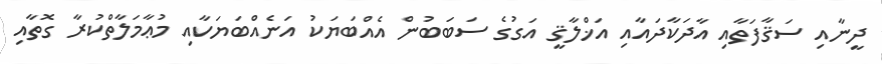
ދީނާއި ސަޤާފަތާއި އާދަކާދައާއި އަޚްލާޤީ އަގުގެ ސަބަބުން އެއްބަޔަކު އަނެއްބަޔަކާއި މުޢާމަލާތްކުރާ ގޮތާއި